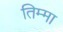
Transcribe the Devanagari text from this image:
तिम्मा